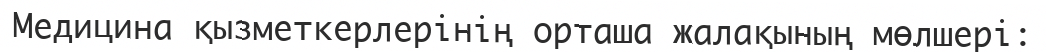
Медицина қызметкерлерінің орташа жалақының мөлшері: